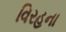
વિરહના